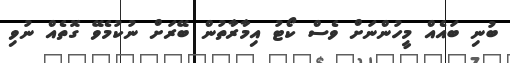
ބުނި ބައެއް މީހުންނަށް ވެސް ކޯޓު އިމާރާތުންް ބޭރަށް ނުކުމެވޭ ގޮތެއް ނުވި